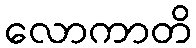
လောကာတိ